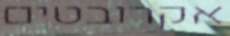
אקרובטים